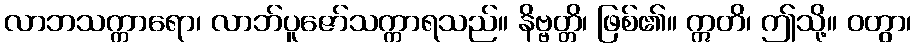
လာဘသက္ကာရော၊ လာဘ်ပူဇော်သက္ကာရသည်။ နိဗ္ဗတ္တိ၊ ဖြစ်၏။ ဣတိ၊ ဤသို့။ ဝတွာ၊